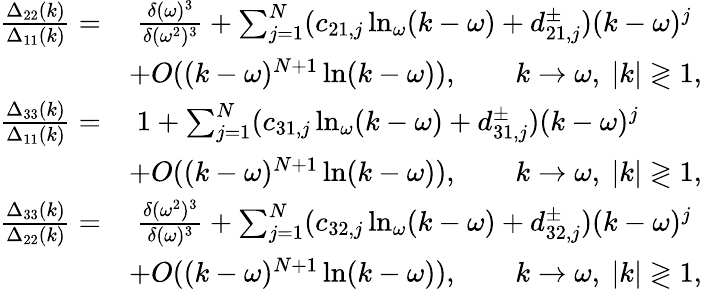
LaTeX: \begin{array}{rl}{\frac{\Delta_{22}(k)}{\Delta_{11}(k)}=}&{\; \frac{\delta(\omega)^{3}}{\delta(\omega^{2})^{3}}+\sum_{j=1}^{N}(c_{21,j}\ln_{\omega}(k-\omega)+d_{21,j}^{\pm})(k-\omega)^{j}}\\ &{+O((k-\omega)^{N+1}\ln(k-\omega)),\qquad k\to\omega,\ |k|\gtrless 1,}\\ {\frac{\Delta_{33}(k)}{\Delta_{11}(k)}=}&{\; 1+\sum_{j=1}^{N}(c_{31,j}\ln_{\omega}(k-\omega)+d_{31,j}^{\pm})(k-\omega)^{j}}\\ &{+O((k-\omega)^{N+1}\ln(k-\omega)),\qquad k\to\omega,\ |k|\gtrless 1,}\\ {\frac{\Delta_{33}(k)}{\Delta_{22}(k)}=}&{\; \frac{\delta(\omega^{2})^{3}}{\delta(\omega)^{3}}+\sum_{j=1}^{N}(c_{32,j}\ln_{\omega}(k-\omega)+d_{32,j}^{\pm})(k-\omega)^{j}}\\ &{+O((k-\omega)^{N+1}\ln(k-\omega)),\qquad k\to\omega,\ |k|\gtrless 1,}\end{array}